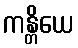
ကန္တိယေ